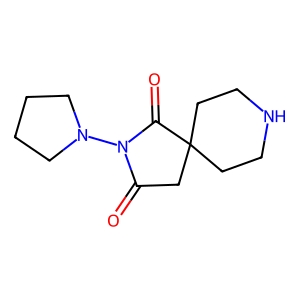
SMILES: O=C1CC2(CCNCC2)C(=O)N1N1CCCC1
Inhibits HIV replication: No